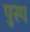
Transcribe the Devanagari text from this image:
पुस्प